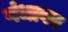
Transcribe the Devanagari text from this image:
गंधावर